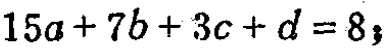
\(15a + 7b + 3c + d = 8\)